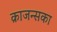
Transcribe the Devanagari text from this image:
क्राजन्सका